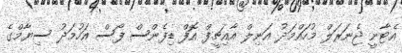
އެޓާނީ ޖެނަރަލް މުހައްމަދު އަނިލް އާއިޗީފް އޮފް ޑިފެންސް ފޯސް އަހުމަދު ސިޔާމްގެ